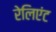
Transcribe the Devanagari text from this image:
रेलिएंट